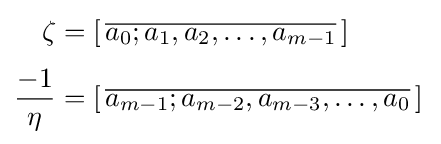
{\begin{aligned}\zeta &=[\,{\overline {a_{0};a_{1},a_{2},\dots ,a_{m-1}}}\,]\\[3pt]{\frac {-1}{\eta }}&=[\,{\overline {a_{m-1};a_{m-2},a_{m-3},\dots ,a_{0}}}\,]\,\end{aligned}}